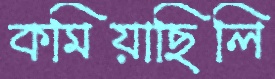
কমিয়াছিলি